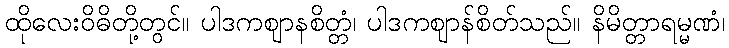
ထိုလေးဝိဓိတို့တွင်။ ပါဒကဈာနစိတ္တံ၊ ပါဒကဈာန်စိတ်သည်။ နိမိတ္တာရမ္မဏံ၊